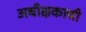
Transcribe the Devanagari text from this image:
अधीक्षकाची